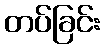
တပ်ခြင်း